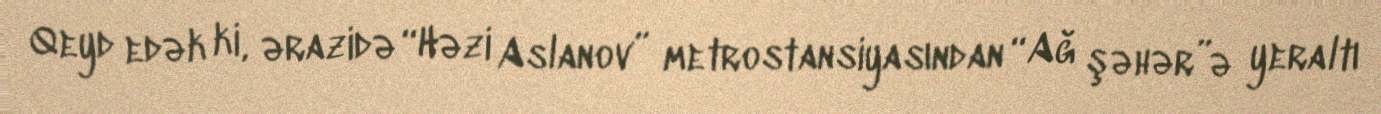
Qeyd edək ki, ərazidə “Həzi Aslanov” metrostansiyasından “Ağ şəhər”ə yeraltı